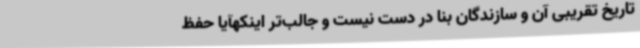
تاریخ تقریبی آن و سازندگان بنا در دست نیست و جالب‌تر اینکهآیا حفظ